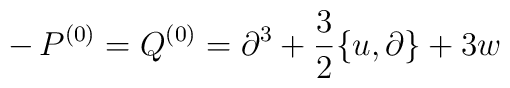
- \, P^{(0)} = Q^{(0)} = \partial^3 + \frac{3}{2} \{u,\partial\} + 3w